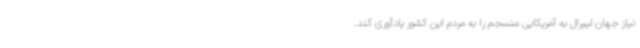
نیاز جهان لیبرال به آمریکایی منسجم را به مردم این کشور یادآوری کند.